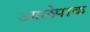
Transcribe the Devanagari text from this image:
आलेपाक